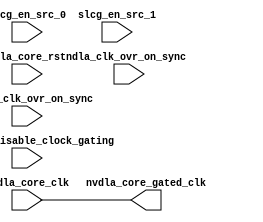
// ================================================================
// NVDLA Open Source Project
// 
// Copyright(c) 2016 - 2017 NVIDIA Corporation.  Licensed under the
// NVDLA Open Hardware License; Check "LICENSE" which comes with 
// this distribution for more information.
// ================================================================


module NV_NVDLA_CACC_slcg (
   dla_clk_ovr_on_sync
  ,global_clk_ovr_on_sync
  ,nvdla_core_clk
  ,nvdla_core_rstn
  ,slcg_en_src_0
  ,slcg_en_src_1
  ,tmc2slcg_disable_clock_gating
  ,nvdla_core_gated_clk
  );

input   dla_clk_ovr_on_sync;
input   global_clk_ovr_on_sync;
input   nvdla_core_clk;
input   nvdla_core_rstn;
input   slcg_en_src_0;
input   slcg_en_src_1;
input   tmc2slcg_disable_clock_gating;
output  nvdla_core_gated_clk;
wire    enable;


// synoff nets

// monitor nets

// debug nets

// tie high nets

// tie low nets

// no connect nets

// not all bits used nets

// todo nets

    
assign enable = slcg_en_src_0 & slcg_en_src_1;

`ifndef NO_SIMTOP_END_OF_SIM
`ifndef SYNTH_LEVEL1_COMPILE
`ifndef SYNTHESIS
// VCS coverage off
reg nvdla_core_clk_slcg_0_icg_disable_eos;
initial begin
   nvdla_core_clk_slcg_0_icg_disable_eos = 1'b0;
   if ($test$plusargs ("icg_no_eos_disable")) nvdla_core_clk_slcg_0_icg_disable_eos = 1'b1;
end
wire nvdla_core_clk_slcg_0_end_of_sim_clock_enable;
`ifndef SIMTOP_EOS_SIGNAL
assign nvdla_core_clk_slcg_0_end_of_sim_clock_enable = ~nvdla_core_clk_slcg_0_icg_disable_eos & 0;
`else
assign nvdla_core_clk_slcg_0_end_of_sim_clock_enable = ~nvdla_core_clk_slcg_0_icg_disable_eos & `SIMTOP_EOS_SIGNAL;
`endif // SIMTOP_EOS_SIGNAL

reg nvdla_core_clk_slcg_0_icg_override_to_ungated;
reg nvdla_core_clk_slcg_0_icg_override_to_gateable;
initial begin
   nvdla_core_clk_slcg_0_icg_override_to_ungated   = 1'b0;
   nvdla_core_clk_slcg_0_icg_override_to_gateable  = 1'b0;
   if ($test$plusargs ("icg_override_to_ungated"))  nvdla_core_clk_slcg_0_icg_override_to_ungated  = 1'b1;
   if ($test$plusargs ("icg_override_to_gateable")) nvdla_core_clk_slcg_0_icg_override_to_gateable = 1'b1;
end

// VCS coverage on
`endif // SYNTHESIS
`endif // SYNTH_LEVEL1_COMPILE
`endif // NO_SIMTOP_END_OF_SIM
`ifndef SYNTH_LEVEL1_COMPILE
`ifndef SYNTHESIS
// VCS coverage off
initial begin
   if ($test$plusargs ("icg_global_force_message_on"))
       $display("ICG_Assert::Found ICG instance: %m :: %s","nvdla_core_clk_slcg_0");
end
wire assert2slcg_disable_clock_gating_0;
assign  assert2slcg_disable_clock_gating_0 = tmc2slcg_disable_clock_gating;
always @(posedge assert2slcg_disable_clock_gating_0) begin
   if ($test$plusargs ("icg_global_force_message_on")) begin
           $display(" ICG_Assert::Found global_force_on tmc2slcg_disable_clock_gating change from 0->1 for ICG instance %m :: %s","nvdla_core_clk_slcg_0");
   end
end
always @(negedge assert2slcg_disable_clock_gating_0) begin
   if ($test$plusargs ("icg_global_force_message_on")) begin
           $display(" ICG_Assert::Found global_force_on tmc2slcg_disable_clock_gating change from 1->0 for ICG instance %m :: %s","nvdla_core_clk_slcg_0");
   end
end
always @(posedge global_clk_ovr_on_sync) begin
   if ($test$plusargs ("icg_global_force_message_on")) begin
           $display(" ICG_Assert::Found global_force_on global_clk_ovr_on_sync change from 0->1 for ICG instance %m :: %s","nvdla_core_clk_slcg_0");
   end
end
always @(negedge global_clk_ovr_on_sync) begin
   if ($test$plusargs ("icg_global_force_message_on")) begin
           $display(" ICG_Assert::Found global_force_on global_clk_ovr_on_sync change from 1->0 for ICG instance %m :: %s","nvdla_core_clk_slcg_0");
   end
end
// VCS coverage on
`endif // SYNTHESIS
`endif // SYNTH_LEVEL1_COMPILE
wire nvdla_core_clk_slcg_0_en;
assign nvdla_core_clk_slcg_0_en = enable | (dla_clk_ovr_on_sync 
`ifndef NO_SIMTOP_END_OF_SIM
`ifndef SYNTH_LEVEL1_COMPILE
`ifndef SYNTHESIS
// VCS coverage off
    &&  !nvdla_core_clk_slcg_0_icg_override_to_gateable
// VCS coverage on
`endif // SYNTHESIS
`endif // SYNTH_LEVEL1_COMPILE
`endif // NO_SIMTOP_END_OF_SIM
   )
 | ((tmc2slcg_disable_clock_gating|global_clk_ovr_on_sync) 
`ifndef NO_SIMTOP_END_OF_SIM
`ifndef SYNTH_LEVEL1_COMPILE
`ifndef SYNTHESIS
// VCS coverage off
    && !nvdla_core_clk_slcg_0_icg_override_to_gateable
// VCS coverage on
`endif // SYNTHESIS
`endif // SYNTH_LEVEL1_COMPILE
`endif // NO_SIMTOP_END_OF_SIM
   )

`ifndef NO_SIMTOP_END_OF_SIM
`ifndef SYNTH_LEVEL1_COMPILE
`ifndef SYNTHESIS
// VCS coverage off
 | nvdla_core_clk_slcg_0_end_of_sim_clock_enable
 | nvdla_core_clk_slcg_0_icg_override_to_ungated
// VCS coverage on
`endif // SYNTHESIS
`endif // SYNTH_LEVEL1_COMPILE
`endif // NO_SIMTOP_END_OF_SIM
;
/*NV_CLK_gate_power nvdla_core_clk_slcg_0 (
  .clk(nvdla_core_clk),
  .reset_(nvdla_core_rstn),
  .clk_en(nvdla_core_clk_slcg_0_en),
  .clk_gated(nvdla_core_gated_clk) ); // spyglass disable GatedClock*/
//assign nvdla_core_gated_clk = nvdla_core_clk_slcg_0_en ? nvdla_core_clk : 1'b0; // Modified
assign nvdla_core_gated_clk = nvdla_core_clk; // Modified


`ifndef DISABLE_TESTPOINTS
  `ifdef COVER
    `define COVER_OR_TP___Test_dla_clk_ovr_on_sync_for_nvdla_core_clk_slcg_0___1_b1_OR_COVER
  `endif // COVER

  `ifdef COVER
    `define COVER_OR_TP___Test_dla_clk_ovr_on_sync_for_nvdla_core_clk_slcg_0___1_b1_OR_COVER
  `endif // COVER

  `ifdef TP___Test_dla_clk_ovr_on_sync_for_nvdla_core_clk_slcg_0___1_b1
    `define COVER_OR_TP___Test_dla_clk_ovr_on_sync_for_nvdla_core_clk_slcg_0___1_b1_OR_COVER
  `endif // TP___Test_dla_clk_ovr_on_sync_for_nvdla_core_clk_slcg_0___1_b1

`ifdef COVER_OR_TP___Test_dla_clk_ovr_on_sync_for_nvdla_core_clk_slcg_0___1_b1_OR_COVER


//VCS coverage off
    // TESTPOINT_START
    // NAME=":Test dla_clk_ovr_on_sync for nvdla_core_clk_slcg_0 = 1'b1"
    // TYPE=OCCURRENCE
    // AUTOGEN=true
    // COUNT=1
    // GROUP="DEFAULT"
    // INFO=""
    // RANDOM_COVER=true
    // ASYNC_RESET=1
    // ACTIVE_HIGH_RESET=0
wire testpoint_0_internal_nvdla_core_clk   = nvdla_core_clk;
wire testpoint_0_internal_nvdla_core_rstn = nvdla_core_rstn;

`ifdef FV_COVER_ON
    // Synthesizable code for SFV.
    wire testpoint_got_reset_testpoint_0_internal_nvdla_core_rstn_with_clock_testpoint_0_internal_nvdla_core_clk = 1'b1;
`else
    // Must be clocked with reset active before we start gathering
    // coverage.
    //  Reset signal: testpoint_0_internal_nvdla_core_rstn
    //  Clock signal: testpoint_0_internal_nvdla_core_clk
    reg testpoint_got_reset_testpoint_0_internal_nvdla_core_rstn_with_clock_testpoint_0_internal_nvdla_core_clk;

    initial
        testpoint_got_reset_testpoint_0_internal_nvdla_core_rstn_with_clock_testpoint_0_internal_nvdla_core_clk <= 1'b0;

    always @(posedge testpoint_0_internal_nvdla_core_clk or negedge testpoint_0_internal_nvdla_core_rstn) begin: HAS_RETENTION_TESTPOINT_RESET_0
        if (~testpoint_0_internal_nvdla_core_rstn)
            testpoint_got_reset_testpoint_0_internal_nvdla_core_rstn_with_clock_testpoint_0_internal_nvdla_core_clk <= 1'b1;
    end
`endif

`ifndef LINE_TESTPOINTS_OFF
    reg testpoint_0_count_0;

    reg testpoint_0_goal_0;
    initial testpoint_0_goal_0 = 0;
    initial testpoint_0_count_0 = 0;
    always@(testpoint_0_count_0) begin
        if(testpoint_0_count_0 >= 1)
         begin
 `ifdef COVER_PRINT_TESTPOINT_HITS
            if (testpoint_0_goal_0 != 1'b1)
                $display("TESTPOINT_HIT: NV_NVDLA_CACC_slcg ::: :Test dla_clk_ovr_on_sync for nvdla_core_clk_slcg_0 = 1'b1 ::: (dla_clk_ovr_on_sync)");
 `endif
            //VCS coverage on
            //coverage name NV_NVDLA_CACC_slcg ::: :Test dla_clk_ovr_on_sync for nvdla_core_clk_slcg_0 = 1'b1 ::: testpoint_0_goal_0
            testpoint_0_goal_0 = 1'b1;
            //VCS coverage off
        end
        else
            testpoint_0_goal_0 = 1'b0;
    end

    // Increment counters for every condition that's true this clock.
    always @(posedge testpoint_0_internal_nvdla_core_clk) begin: HAS_RETENTION_TESTPOINT_GOAL_0
        if (testpoint_0_internal_nvdla_core_rstn) begin
 `ifdef ASSOCIATE_TESTPOINT_NAME_GOAL_NUMBER
            if (((dla_clk_ovr_on_sync)) && testpoint_got_reset_testpoint_0_internal_nvdla_core_rstn_with_clock_testpoint_0_internal_nvdla_core_clk)
                $display("NVIDIA TESTPOINT: NV_NVDLA_CACC_slcg ::: :Test dla_clk_ovr_on_sync for nvdla_core_clk_slcg_0 = 1'b1 ::: testpoint_0_goal_0");
 `endif
            if (((dla_clk_ovr_on_sync)) && testpoint_got_reset_testpoint_0_internal_nvdla_core_rstn_with_clock_testpoint_0_internal_nvdla_core_clk)
                testpoint_0_count_0 <= 1'd1;
        end
        else begin
 `ifndef FV_COVER_ON
            if (!testpoint_got_reset_testpoint_0_internal_nvdla_core_rstn_with_clock_testpoint_0_internal_nvdla_core_clk) begin
 `endif
                testpoint_0_count_0 <= 1'd0;
 `ifndef FV_COVER_ON
            end
 `endif
        end
    end
`endif // LINE_TESTPOINTS_OFF

`ifndef SV_TESTPOINTS_OFF
    wire testpoint_0_goal_0_active = (((dla_clk_ovr_on_sync)) && testpoint_got_reset_testpoint_0_internal_nvdla_core_rstn_with_clock_testpoint_0_internal_nvdla_core_clk);

    // system verilog testpoints, to leverage vcs testpoint coverage tools
 `ifndef SV_TESTPOINTS_DESCRIPTIVE
    system_verilog_testpoint svt_testpoint_0_goal_0 (.clk (testpoint_0_internal_nvdla_core_clk), .tp(testpoint_0_goal_0_active));
 `else
    system_verilog_testpoint svt__Test_dla_clk_ovr_on_sync_for_nvdla_core_clk_slcg_0__1_b1_0 (.clk (testpoint_0_internal_nvdla_core_clk), .tp(testpoint_0_goal_0_active));
 `endif
`endif

    //VCS coverage on
`endif //COVER_OR_TP___Test_dla_clk_ovr_on_sync_for_nvdla_core_clk_slcg_0___1_b1_OR_COVER
`endif //  DISABLE_TESTPOINTS

    // TESTPOINT_END
`ifndef DISABLE_TESTPOINTS
  `ifdef COVER
    `define COVER_OR_TP___Test_dla_clk_ovr_on_sync_for_nvdla_core_clk_slcg_0___1_b0_OR_COVER
  `endif // COVER

  `ifdef COVER
    `define COVER_OR_TP___Test_dla_clk_ovr_on_sync_for_nvdla_core_clk_slcg_0___1_b0_OR_COVER
  `endif // COVER

  `ifdef TP___Test_dla_clk_ovr_on_sync_for_nvdla_core_clk_slcg_0___1_b0
    `define COVER_OR_TP___Test_dla_clk_ovr_on_sync_for_nvdla_core_clk_slcg_0___1_b0_OR_COVER
  `endif // TP___Test_dla_clk_ovr_on_sync_for_nvdla_core_clk_slcg_0___1_b0

`ifdef COVER_OR_TP___Test_dla_clk_ovr_on_sync_for_nvdla_core_clk_slcg_0___1_b0_OR_COVER


//VCS coverage off
    // TESTPOINT_START
    // NAME=":Test dla_clk_ovr_on_sync for nvdla_core_clk_slcg_0 = 1'b0"
    // TYPE=OCCURRENCE
    // AUTOGEN=true
    // COUNT=1
    // GROUP="DEFAULT"
    // INFO=""
    // RANDOM_COVER=true
    // ASYNC_RESET=1
    // ACTIVE_HIGH_RESET=0
wire testpoint_1_internal_nvdla_core_clk   = nvdla_core_clk;
wire testpoint_1_internal_nvdla_core_rstn = nvdla_core_rstn;

`ifdef FV_COVER_ON
    // Synthesizable code for SFV.
    wire testpoint_got_reset_testpoint_1_internal_nvdla_core_rstn_with_clock_testpoint_1_internal_nvdla_core_clk = 1'b1;
`else
    // Must be clocked with reset active before we start gathering
    // coverage.
    //  Reset signal: testpoint_1_internal_nvdla_core_rstn
    //  Clock signal: testpoint_1_internal_nvdla_core_clk
    reg testpoint_got_reset_testpoint_1_internal_nvdla_core_rstn_with_clock_testpoint_1_internal_nvdla_core_clk;

    initial
        testpoint_got_reset_testpoint_1_internal_nvdla_core_rstn_with_clock_testpoint_1_internal_nvdla_core_clk <= 1'b0;

    always @(posedge testpoint_1_internal_nvdla_core_clk or negedge testpoint_1_internal_nvdla_core_rstn) begin: HAS_RETENTION_TESTPOINT_RESET_1
        if (~testpoint_1_internal_nvdla_core_rstn)
            testpoint_got_reset_testpoint_1_internal_nvdla_core_rstn_with_clock_testpoint_1_internal_nvdla_core_clk <= 1'b1;
    end
`endif

`ifndef LINE_TESTPOINTS_OFF
    reg testpoint_1_count_0;

    reg testpoint_1_goal_0;
    initial testpoint_1_goal_0 = 0;
    initial testpoint_1_count_0 = 0;
    always@(testpoint_1_count_0) begin
        if(testpoint_1_count_0 >= 1)
         begin
 `ifdef COVER_PRINT_TESTPOINT_HITS
            if (testpoint_1_goal_0 != 1'b1)
                $display("TESTPOINT_HIT: NV_NVDLA_CACC_slcg ::: :Test dla_clk_ovr_on_sync for nvdla_core_clk_slcg_0 = 1'b0 ::: (!(dla_clk_ovr_on_sync))");
 `endif
            //VCS coverage on
            //coverage name NV_NVDLA_CACC_slcg ::: :Test dla_clk_ovr_on_sync for nvdla_core_clk_slcg_0 = 1'b0 ::: testpoint_1_goal_0
            testpoint_1_goal_0 = 1'b1;
            //VCS coverage off
        end
        else
            testpoint_1_goal_0 = 1'b0;
    end

    // Increment counters for every condition that's true this clock.
    always @(posedge testpoint_1_internal_nvdla_core_clk) begin: HAS_RETENTION_TESTPOINT_GOAL_1
        if (testpoint_1_internal_nvdla_core_rstn) begin
 `ifdef ASSOCIATE_TESTPOINT_NAME_GOAL_NUMBER
            if (((!(dla_clk_ovr_on_sync))) && testpoint_got_reset_testpoint_1_internal_nvdla_core_rstn_with_clock_testpoint_1_internal_nvdla_core_clk)
                $display("NVIDIA TESTPOINT: NV_NVDLA_CACC_slcg ::: :Test dla_clk_ovr_on_sync for nvdla_core_clk_slcg_0 = 1'b0 ::: testpoint_1_goal_0");
 `endif
            if (((!(dla_clk_ovr_on_sync))) && testpoint_got_reset_testpoint_1_internal_nvdla_core_rstn_with_clock_testpoint_1_internal_nvdla_core_clk)
                testpoint_1_count_0 <= 1'd1;
        end
        else begin
 `ifndef FV_COVER_ON
            if (!testpoint_got_reset_testpoint_1_internal_nvdla_core_rstn_with_clock_testpoint_1_internal_nvdla_core_clk) begin
 `endif
                testpoint_1_count_0 <= 1'd0;
 `ifndef FV_COVER_ON
            end
 `endif
        end
    end
`endif // LINE_TESTPOINTS_OFF

`ifndef SV_TESTPOINTS_OFF
    wire testpoint_1_goal_0_active = (((!(dla_clk_ovr_on_sync))) && testpoint_got_reset_testpoint_1_internal_nvdla_core_rstn_with_clock_testpoint_1_internal_nvdla_core_clk);

    // system verilog testpoints, to leverage vcs testpoint coverage tools
 `ifndef SV_TESTPOINTS_DESCRIPTIVE
    system_verilog_testpoint svt_testpoint_1_goal_0 (.clk (testpoint_1_internal_nvdla_core_clk), .tp(testpoint_1_goal_0_active));
 `else
    system_verilog_testpoint svt__Test_dla_clk_ovr_on_sync_for_nvdla_core_clk_slcg_0__1_b0_0 (.clk (testpoint_1_internal_nvdla_core_clk), .tp(testpoint_1_goal_0_active));
 `endif
`endif

    //VCS coverage on
`endif //COVER_OR_TP___Test_dla_clk_ovr_on_sync_for_nvdla_core_clk_slcg_0___1_b0_OR_COVER
`endif //  DISABLE_TESTPOINTS

    // TESTPOINT_END


  `ifdef ICG_SUMMARY
  `ifndef NO_SIMTOP_END_OF_SIM
  `ifndef SYNTH_LEVEL1_COMPILE
  `ifndef SYNTHESIS
  // VCS coverage off


//  reg monitor_icg_summary_0;
  reg done_monitor_0;
  integer  clk_count_0;
  integer  clk_disable_count_0; 
 
  initial begin
    clk_count_0 = 0;
    clk_disable_count_0 = 0;
//    monitor_icg_summary_0 = 0;
    done_monitor_0= 0;
    if ($test$plusargs( "icg_summary" ) ) begin
//      monitor_icg_summary_0 = 1;
      forever begin
        @ (posedge nvdla_core_clk);
        if(nvdla_core_rstn === 1'b0) begin
          clk_count_0 <= 0;
          clk_disable_count_0 <= 0;
        end else begin
          clk_count_0 <= clk_count_0 + 1;           
          if ( ~(nvdla_core_clk_slcg_0_en) == 1'b1) begin
            clk_disable_count_0 <= clk_disable_count_0 + 1;
          end
          `ifndef SIMTOP_EOS_SIGNAL
          if (0 == 1 && done_monitor_0 == 0) begin
          `else
          if (`SIMTOP_EOS_SIGNAL == 1 && done_monitor_0 == 0) begin
          `endif // SIMTOP_EOS_SIGNAL
            // $display ("(%0d): INFO: %m (icg_template): ICG (0) summary. Number of disabled clks = %0d, Total clks = %0d, Enabled %0f", $stime, clk_disable_count_0, clk_count_0, enabled_percent_0);
            $display ("(%0d): INFO: %m (icg_template): ICG (0) summary. Number of disabled clks = %0d, Total clks = %0d, Enabled %0f", $stime, clk_disable_count_0, clk_count_0, 1.0 - (1.0 * (clk_disable_count_0) / (clk_count_0)));
            done_monitor_0 <= 1;
          end
        end
      end
    end
  end  

  ////integer enabled_percent_0;
  ////&Always;
  ////  if (monitor_icg_summary_0 == 1) begin
  ////    enabled_percent_0 = 1.0 - ( ( clk_disable_count_0 ) / ( clk_count_0 ) );
  ////  end
  ////&End;

  // VCS coverage on
  `endif // SYNTHESIS
  `endif // SYNTH_LEVEL1_COMPILE
  `endif // NO_SIMTOP_END_OF_SIM
  `else
  `ifndef NO_SIMTOP_END_OF_SIM
  `ifndef SYNTH_LEVEL1_COMPILE
  `ifndef SYNTHESIS
  initial begin
    if ($test$plusargs( "icg_summary" ) ) begin
      `ifndef SIMTOP_EOS_SIGNAL
      @(posedge (0)) begin
      `else
      @(posedge (`SIMTOP_EOS_SIGNAL)) begin
      `endif // SIMTOP_EOS_SIGNAL
        $display ("(%0d): INFO: %m (icg_template): ICG (0) summary feature was not enabled at compile time.  Please define ICG_SUMMARY, re-compile and re-run for icg summary",$stime);
      end
    end
  end
  `endif // SYNTHESIS
  `endif // SYNTH_LEVEL1_COMPILE
  `endif // NO_SIMTOP_END_OF_SIM
  `endif // ICG_SUMMARY

endmodule // NV_NVDLA_CACC_slcg